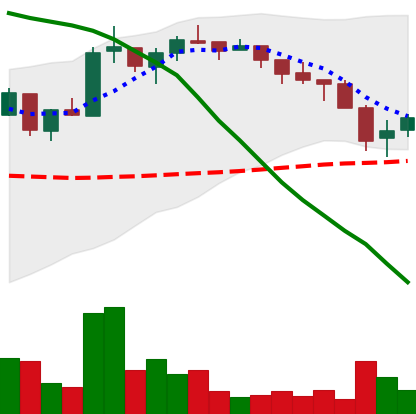
Ticker: ADA-USD
Chart end date: 2018-05-13
Forward return: -14.112%
Label: down_7plus